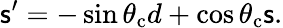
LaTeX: \mathsf{s}^{\prime}=-\sin{\theta_{\mathrm{{c}}}}d+\cos{\theta_{\mathrm{{c}}}}\mathsf{s}.